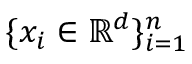
\{ x _ { i } \in \mathbb { R } ^ { d } \} _ { i = 1 } ^ { n }